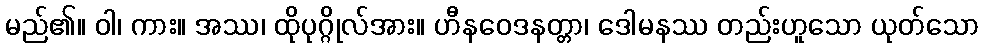
မည်၏။ ဝါ၊ ကား။ အဿ၊ ထိုပုဂ္ဂိုလ်အား။ ဟီနဝေဒနတ္တာ၊ ဒေါမနဿ တည်းဟူသော ယုတ်သော